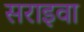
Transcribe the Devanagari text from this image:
सराइवा